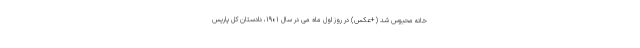
خانه محبوس شد (+عکس) در روز اول ماه می در سال ۱۹۰۱، دادستان کل پاریس